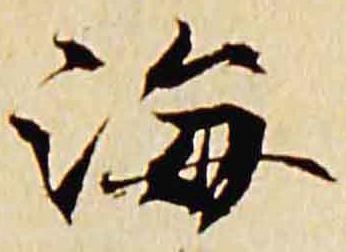
海